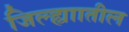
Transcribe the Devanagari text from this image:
जिल्ह्याातील